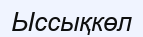
Ыссықкөл